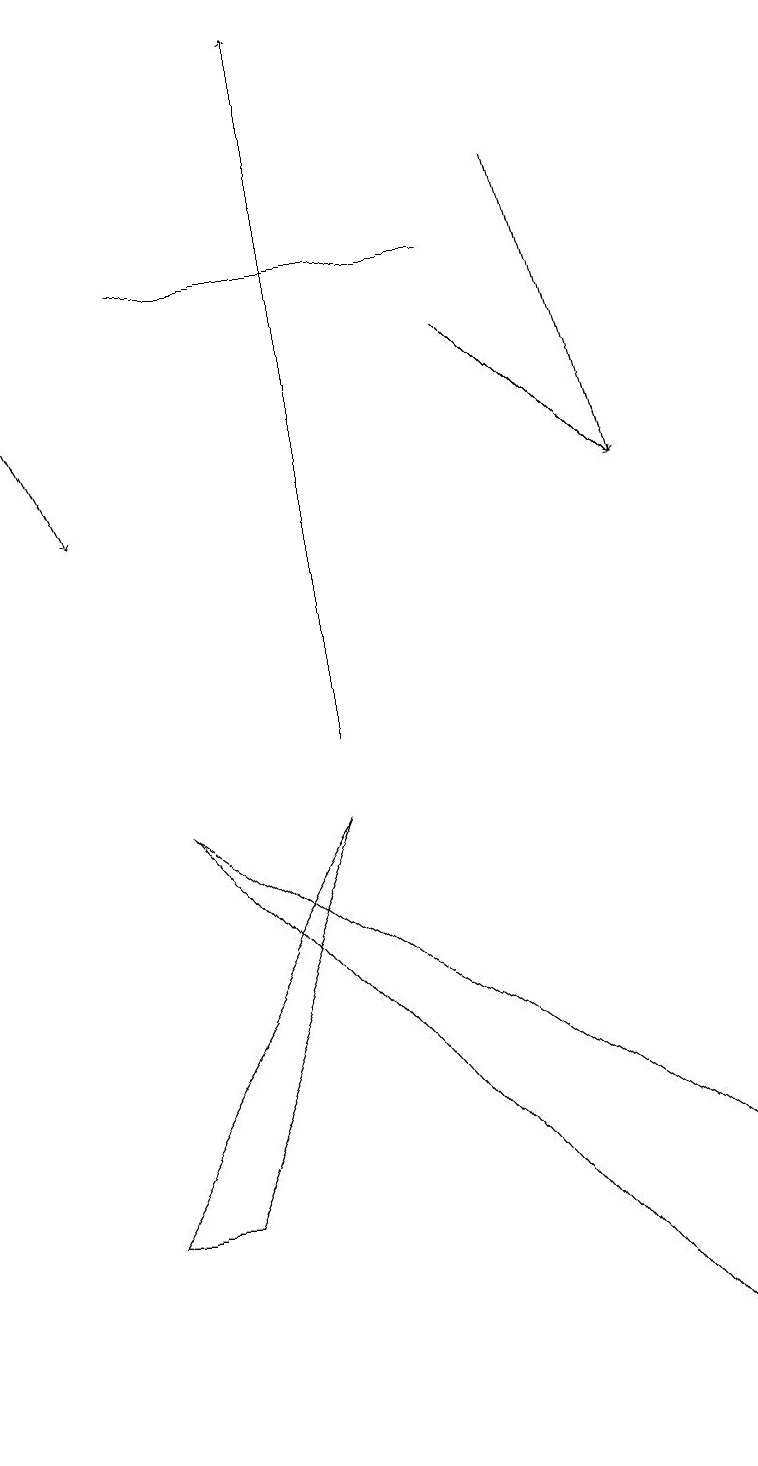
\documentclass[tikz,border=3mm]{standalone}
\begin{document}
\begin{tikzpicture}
\draw (2,16) rectangle (6,16);
\draw[->] (6,15) -- (8,13);
\draw (9,1) -- (2,9) -- (9,4) -- cycle;
\draw[->] (0,15) -- (1,13);
\draw[->] (4,10) -- (4,19);
\draw[->] (7,17) -- (8,13);
\draw (2,4) -- (4,9) -- (1,4) -- cycle;
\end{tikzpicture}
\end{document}